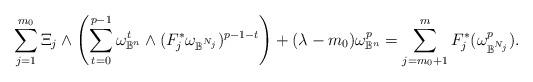
LaTeX: \begin{align*}\sum_{j=1}^{m_0} \Xi_j \wedge \left( \sum_{t=0}^{p-1} \omega^t_{\mathbb{B}^n} \wedge (F_j^*\omega_{\mathbb{B}^{N_j}})^{p-1-t} \right) + ( \lambda - m_0) \omega^p_{\mathbb{B}^n} = \sum_{j=m_0+1}^m F_j^*(\omega_{\mathbb{B}^{N_j}} ^p).\end{align*}